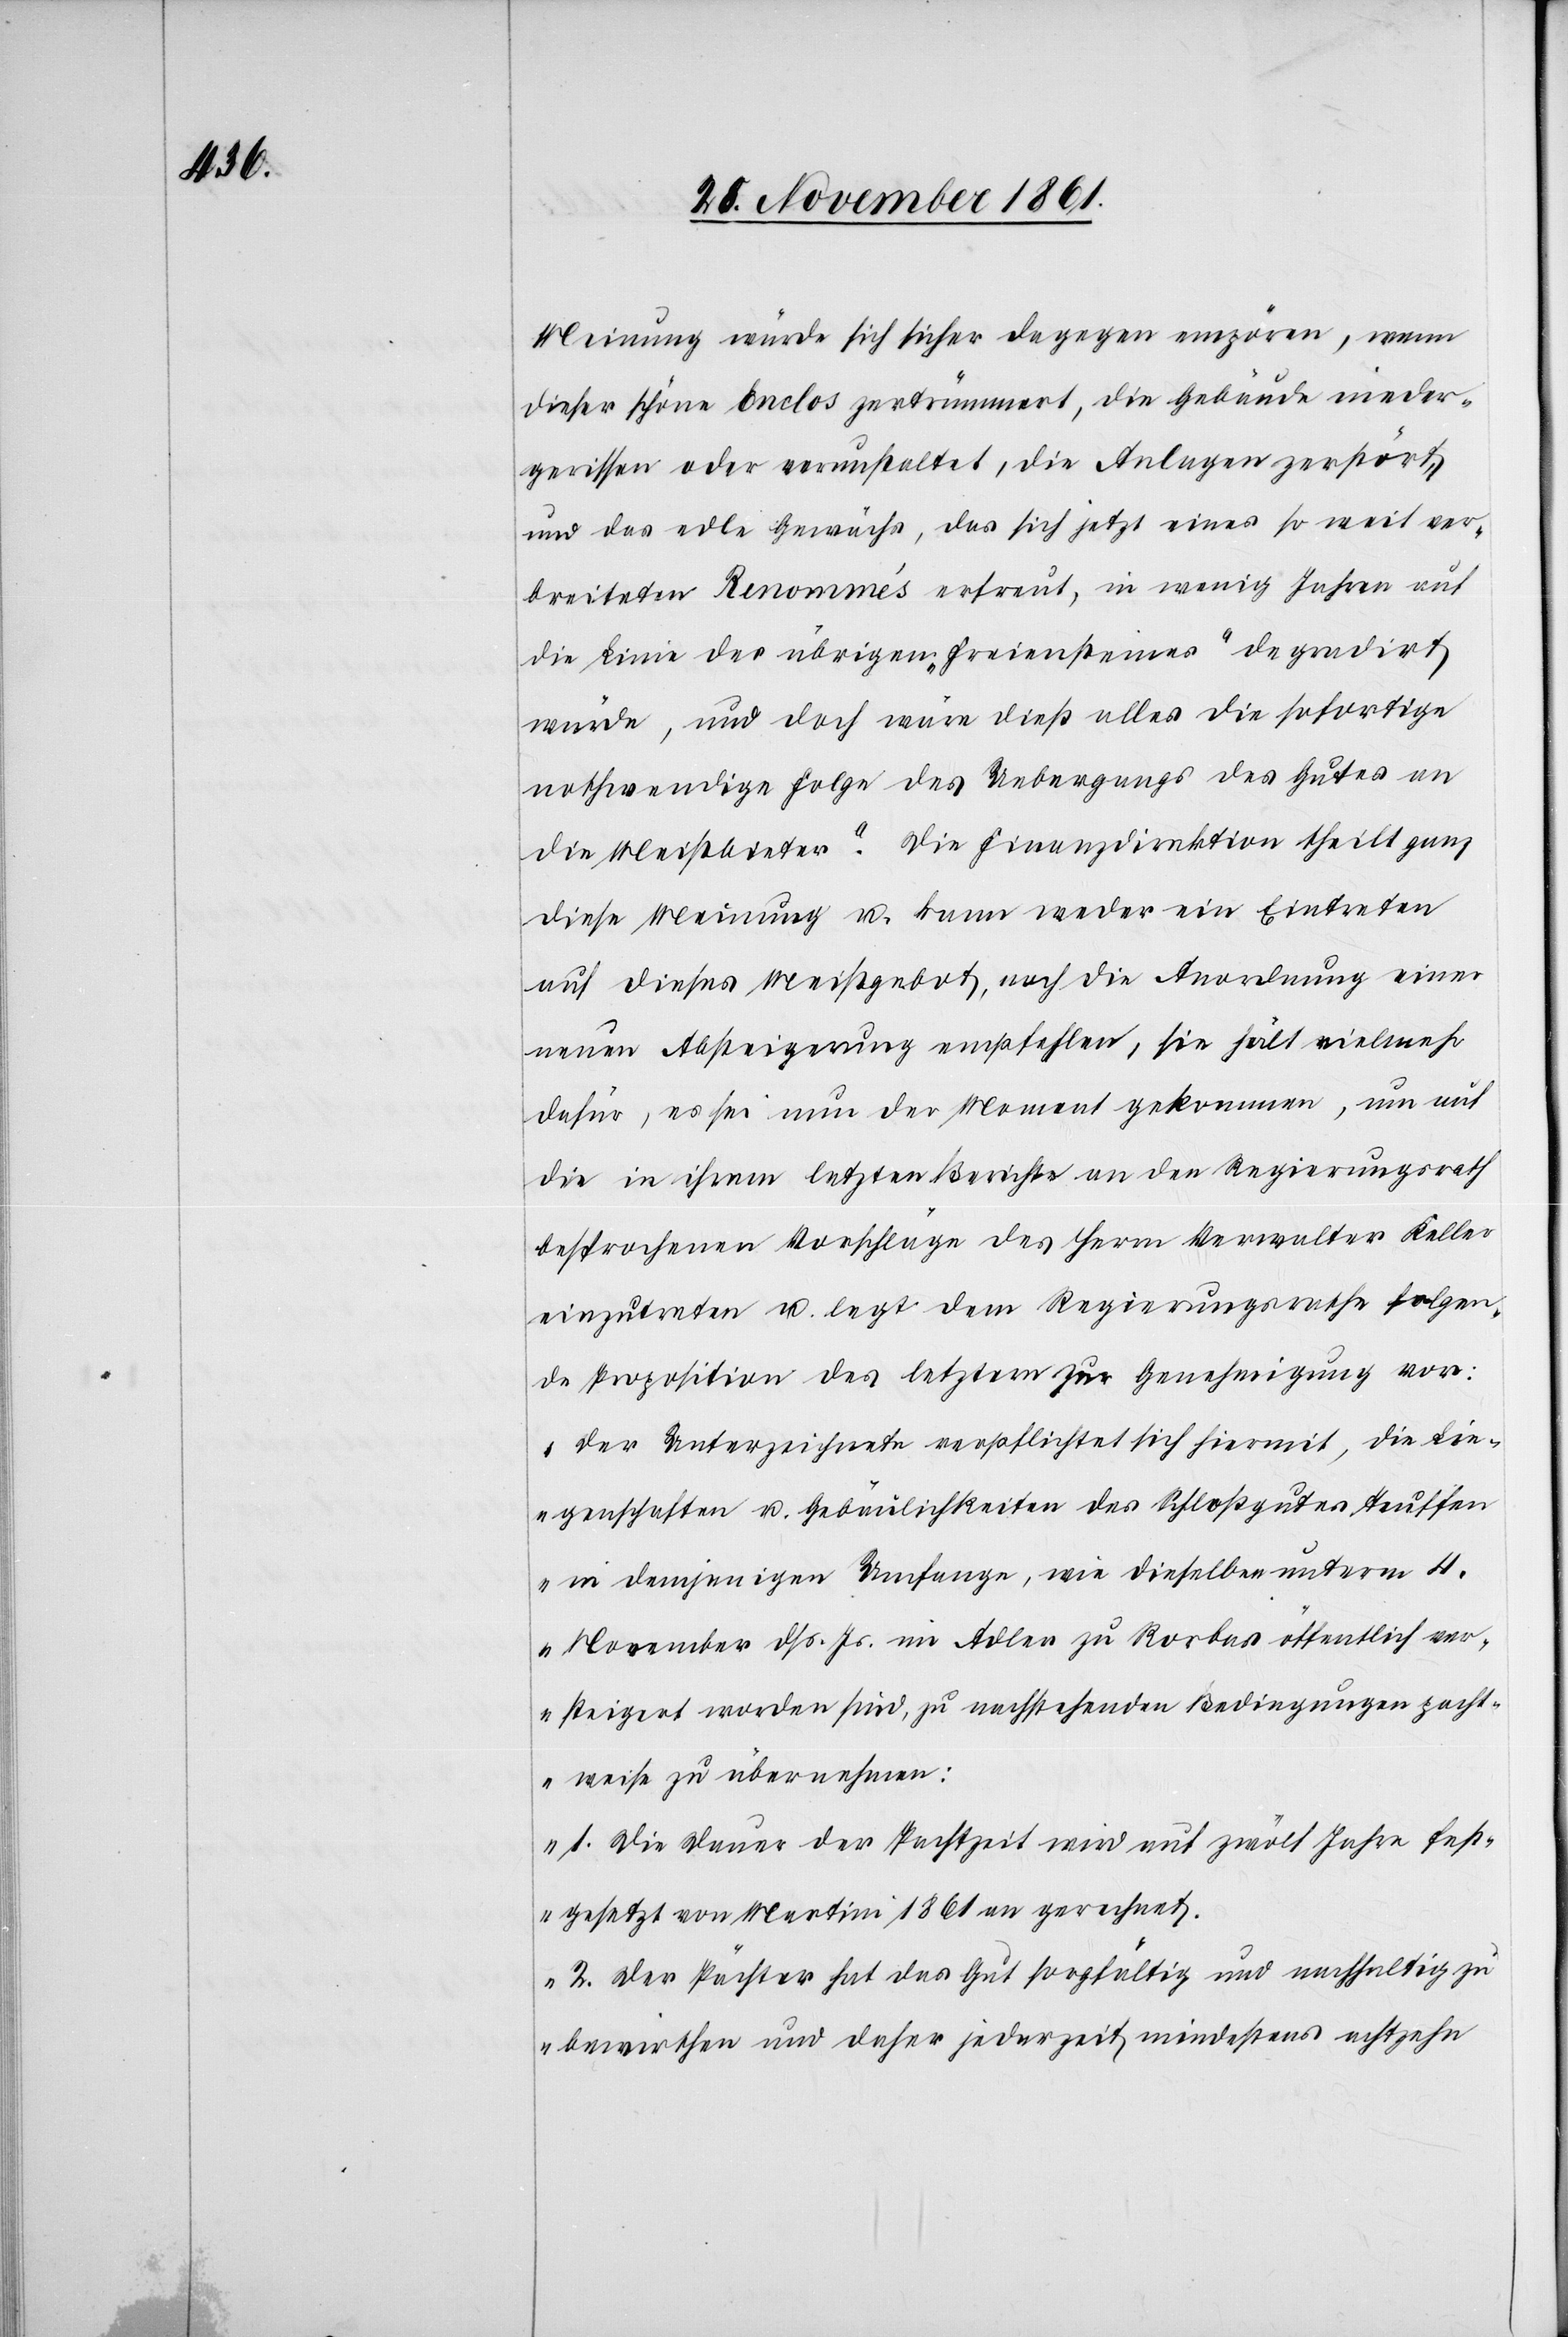
Meinung würde sich sicher dagegen empören, wenn
dieser schöne Enclos zertrümmert, die Gebäude nieder¬
gerissen oder verunstaltet, die Anlagen zerstört,
und das edle Gewächs, das sich jetzt eines so weit ver¬
breiteten Renommés erfreut, in wenig Jahren auf
die Linie des übrigen ‚Freiensteines‘ degradirt
würde, und doch wäre dieß alles die sofortige
nothwendige Folge des Ueberganges des Gutes an
die Meistbieter.“ Die Finanzdirektion theilt ganz
diese Meinung u. kann weder ein Eintreten
auf dieses Meistgebot, noch die Anordnung einer
neuen Absteigerung empfehlen, sie hält vielmehr
dafür, es sei nun der Moment gekommen, um auf
die in ihrem letzten Berichte an den Regierungsrath
besprochenen Vorschläge des Herrn Verwalter Keller
einzutreten u. legt dem Regierungsrathe folgen¬
de Proposition des letztern zur Genehmigung vor:
„Der Unterzeichnete verpflichtet sich hiermit, die Lie¬
genschaften u. Gebäulichkeiten des Schloßgutes Teuffen
in demjenigen Umfange, wie dieselben unterm 4
November dß. Js. im Adler zu Rorbas öffentlich ver¬
steigert worden sind, zu nachstehenden Bedingungen pacht¬
weise zu übernehmen:
1. Die Dauer der Pachtzeit wird mit zwölf Jahre fest¬
gesetzt von Martini 1861 an gerechnet.
2. Der Pächter hat das Gut sorgfältig und nachhaltig zu
bewirthen und daher jederzeit mindestens achtzehn